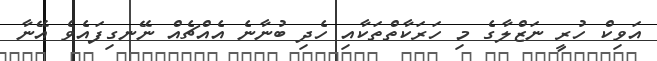
އަވިކް ހުރީ ނަޒްލާގެ މި ހަރަކާތްތަކާއި ހެދި ބުނާނެ އެއްޗެއް ނޭނގިފައެވެ އޭނާ